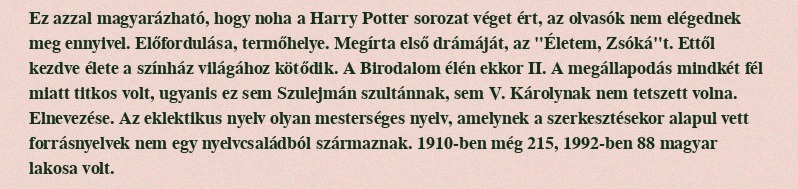
Ez azzal magyarázható, hogy noha a Harry Potter sorozat véget ért, az olvasók nem elégednek meg ennyivel. Előfordulása, termőhelye. Megírta első drámáját, az "Életem, Zsóká"t. Ettől kezdve élete a színház világához kötődik. A Birodalom élén ekkor II. A megállapodás mindkét fél miatt titkos volt, ugyanis ez sem Szulejmán szultánnak, sem V. Károlynak nem tetszett volna. Elnevezése. Az eklektikus nyelv olyan mesterséges nyelv, amelynek a szerkesztésekor alapul vett forrásnyelvek nem egy nyelvcsaládból származnak. 1910-ben még 215, 1992-ben 88 magyar lakosa volt.